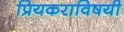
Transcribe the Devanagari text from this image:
प्रियकराविषयी